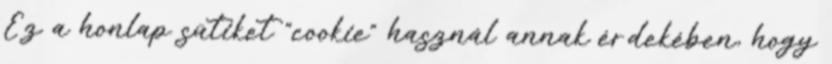
Ez a honlap sütiket "cookie" használ annak érdekében, hogy